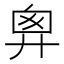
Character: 𢍍